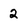
Character: 2